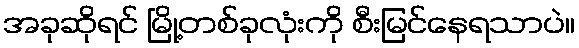
အခုဆိုရင် မြို့တစ်ခုလုံးကို စီးမြင်နေရသာပဲ။